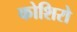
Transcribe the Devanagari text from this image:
कोशिरो